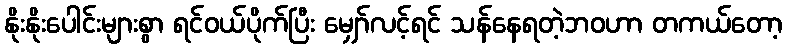
နိုးနိုးပေါင်းများစွာ ရင်ဝယ်ပိုက်ပြီး မျှော်လင့်ရင် သန်နေရတဲ့ဘဝဟာ တကယ်တော့